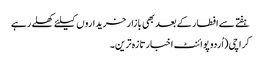
ہفتے سے افطار کے بعد بھی بازار خریداروں کیلئے کھلے رہے
کراچی(اُردو پوائنٹ اخبارتازہ ترین۔